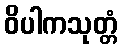
ဝိပါကသုတ္တံ